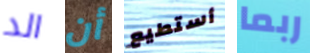
الد أن أستطيع ربما